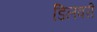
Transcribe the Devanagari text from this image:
डिलवरी